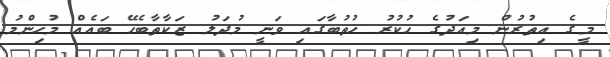
މީގެ އިތުރުން މިއަދުގެ ހުކުރު ހުތުބާގައި ވަނީ މުދަލު ޒަކާތާބެހޭ ބައެއް މުހިންމު